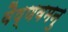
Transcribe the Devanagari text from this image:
वैष्णवमनु